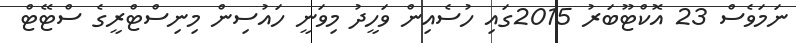
ނަމަވެސް 23 އޮކްޓޫބަރު 2015ގައި ހުސެއިން ވަހީދު މިވަނީ ހައުސިން މިނިސްޓްރީގެ ސްޓޭޓް